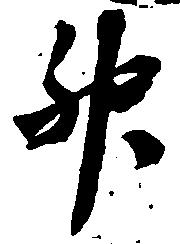
升